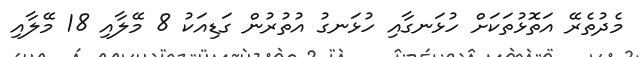
މެދުތެރޭ އަތޮޅުތަކަށް ހުޅަނގާއި ހުޅަނގު އުތުރުން ގަޑިއަކު 8 މޭލާއި 18 މޭލާއި